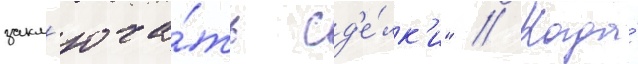
закл'юча́ть сд'е́лк'и" // Когда́